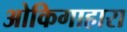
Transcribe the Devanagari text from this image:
ओकिगाहारा